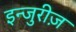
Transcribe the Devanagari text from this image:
इन्जुरीज़